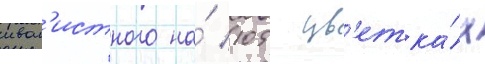
ивол'истного на́ 105 цв'етка́х